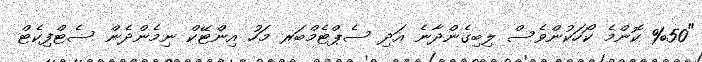
"%50 ކޮންމެ ކޯހަކުންވެސް ލިބިގެންދާނެ އަދި ސެޕްޓެމްބަރ މަހު އިންޓޭކް ނިމެންދެން ސެޓްފިކެޓް